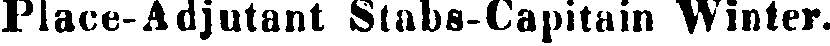
Place-Adjutant Stabs-Capitain Winter.